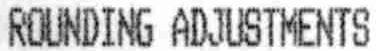
ROUNDING ADJUSTMENTS